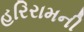
હરિરામની